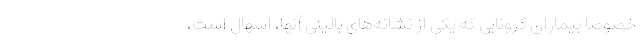
خصوصا بیماران کرونایی که یکی از نشانه‌های بالینی آنها، اسهال است،